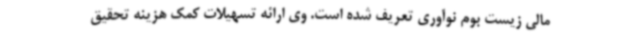
مالی زیست بوم نوآوری تعریف شده است. وی ارائه تسهیلات کمک هزینه تحقیق